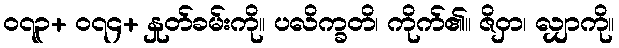
၀၇၃+ ၀၇၄+ နှုတ်ခမ်းကို။ ပလိက္ခတိ၊ ကိုက်၏။ ဇိဝှာ၊ လျှာကို။